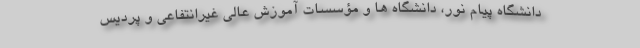
دانشگاه پیام نور، دانشگاه ها و مؤسسات آموزش عالی غیرانتفاعی و پردیس